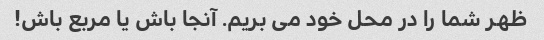
ظهر شما را در محل خود می بریم. آنجا باش یا مربع باش!